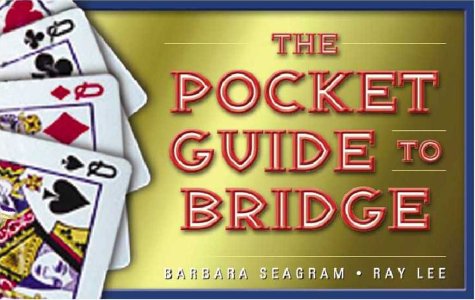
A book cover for The Pocket Guide to Bridge; Barbara Seagram; Humor & Entertainment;